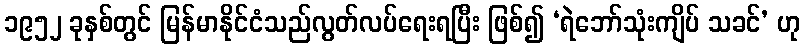
၁၉၅၂ ခုနှစ်တွင် မြန်မာနိုင်ငံသည်လွတ်လပ်ရေးရပြီး ဖြစ်၍ ‘ရဲဘော်သုံးကျိပ် သခင်’ ဟု